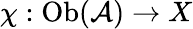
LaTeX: \chi:\mathrm{Ob}({\mathcal{A}})\to X